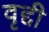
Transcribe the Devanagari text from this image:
वृद्दी